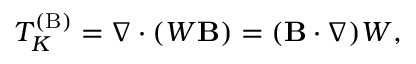
T _ { K } ^ { ( \mathrm { { B } } ) } = \nabla \cdot ( W { \bf { B } } ) = ( { \bf { B } } \cdot \nabla ) W ,